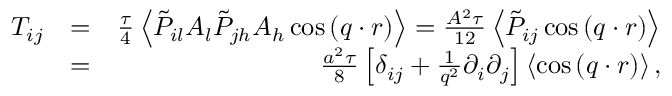
\begin{array} { r l r } { T _ { i j } } & { = } & { \frac { \tau } { 4 } \left\langle \tilde { P } _ { i l } A _ { l } \tilde { P } _ { j h } A _ { h } \cos { ( \boldsymbol { q } \cdot \boldsymbol { r } ) } \right\rangle = \frac { A ^ { 2 } \tau } { 1 2 } \left\langle \tilde { P } _ { i j } \cos { ( \boldsymbol { q } \cdot \boldsymbol { r } ) } \right\rangle } \\ & { = } & { \frac { a ^ { 2 } \tau } { 8 } \left[ \delta _ { i j } + \frac { 1 } { q ^ { 2 } } \partial _ { i } \partial _ { j } \right] \left\langle \cos { ( \boldsymbol { q } \cdot \boldsymbol { r } ) } \right\rangle , } \end{array}